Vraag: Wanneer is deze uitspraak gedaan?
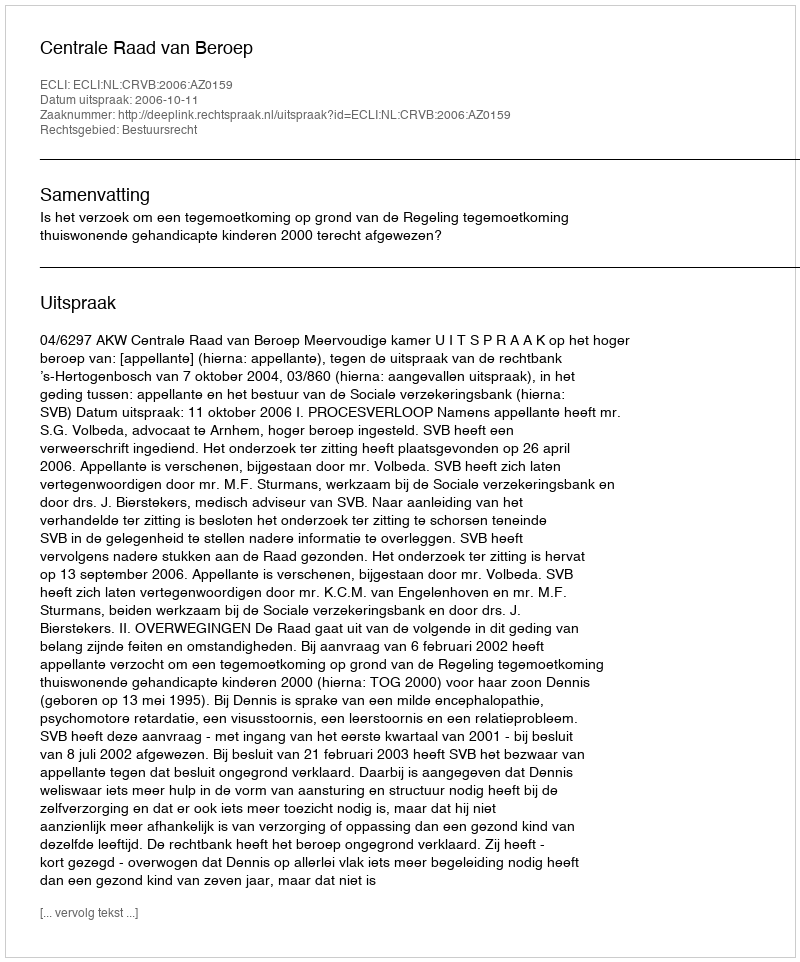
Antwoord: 2006-10-11